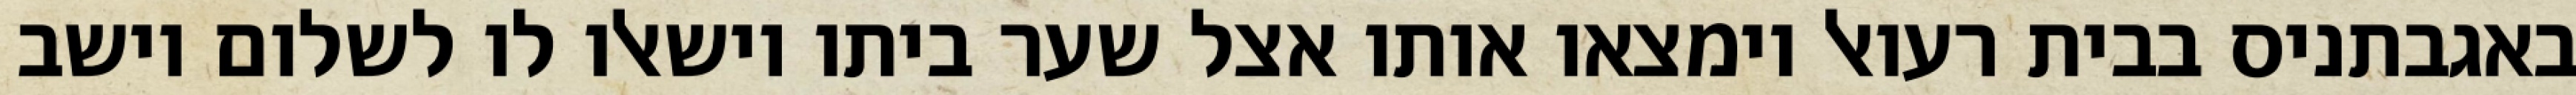
באגבתניס בבית רעואל וימצאו אותו אצל שער ביתו וישאלו לו לשלום וישב